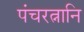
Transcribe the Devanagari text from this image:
पंचरत्नानि